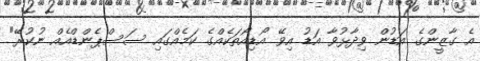
އެ ގާޒީންގެ އަޑުން ވިދާޅުވާ އަޑު އިވޭ އޯޑިއޯތަކެއްގެ ކަމެއްގައި ސަސްޕެންޑްއެއް ނުކުރޭ"